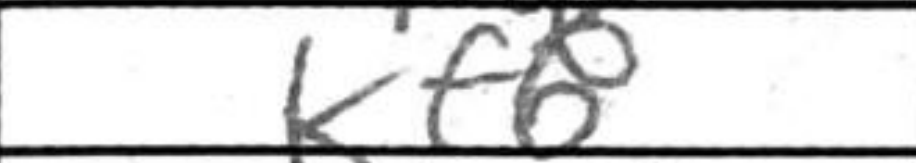
Transcription: Kf6